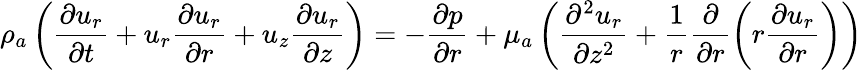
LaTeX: {\rho}_{a}\left(\frac{{\partial}{u}_{r}}{{\partial}t}+{u}_{r}\frac{{\partial}{u}_{r}}{{\partial}r}+{u}_{z}\frac{{\partial}{u}_{r}}{{\partial}z}\right)=-\frac{{\partial}{p}}{{\partial}r}+{\mu}_{a}\left(\frac{{\partial}^{2}{u}_{r}}{{\partial}{z}^{2}}+\frac{1}{r}\frac{{\partial}}{{\partial}r}\left(r\frac{{\partial}{u}_{r}}{{\partial}r}\right)\right)